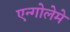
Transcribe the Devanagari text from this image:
एन्गोलेमे